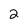
Character: 2